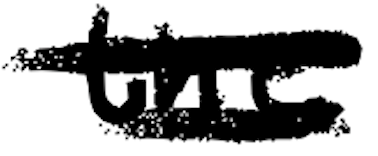
Text: the
Cross-out: double-line
Writing tool: digital_black